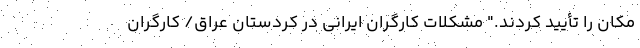
مکان را تأیید کردند." مشکلات کارگران ایرانی در کردستان عراق/ کارگران